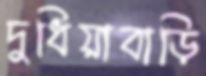
দুধিয়াবাড়ি